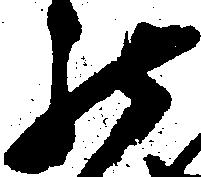
罷